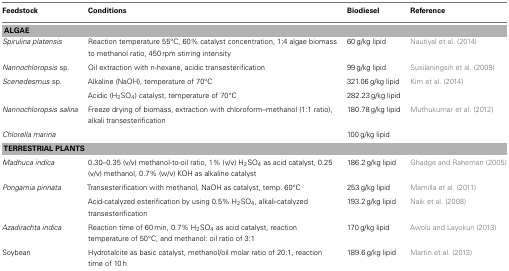
| Feedstock | Conditions | Biodiesel | Reference |
 | --- | --- | --- | --- |
 | <COLSPAN=4> ALGAE |
 | Spirulina platensis | Reaction temperature 55°C, 60% catalyst concentration, 1:4 algae biomass to methanol ratio, 450 rpm stirring intensity | 60 g/kg lipid | Nautiyal et al. (2014) |
 | Nannochloropsis sp. | Oil extraction with n-hexane, acidic transesterification | 99 g/kg lipid | Susilaningsih et al. (2009) |
 | Scenedesmus sp. | Alkaline (NaOH), temperature of 70°C | 321.06 g/kg lipid | Kim et al. (2014) |
 |  | Acidic (H2SO4) catalyst, temperature of 70°C | 282.23 g/kg lipid |  |
 | Nannochloropsis salina | Freeze drying of biomass, extraction with chloroform–methanol (1:1 ratio), alkali transesterification | 180.78 g/kg lipid | Muthukumar et al. (2012) |
 | Chlorella marina |  | 100 g/kg lipid |  |
 | <COLSPAN=4> TERRESTRIAL PLANTS |
 | Madhuca indica | 0.30–0.35 (v/v) methanol-to-oil ratio, 1% (v/v) H2SO4 as acid catalyst, 0.25 (v/v) methanol, 0.7% (w/v) KOH as alkaline catalyst | 186.2 g/kg lipid | Ghadge and Raheman (2005) |
 | Pongamia pinnata | Transesterification with methanol, NaOH as catalyst, temp. 60°C | 253 g/kg lipid | Mamilla et al. (2011) |
 |  | Acid-catalyzed esterification by using 0.5% H2SO4, alkali-catalyzed transesterification | 193.2 g/kg lipid | Naik et al. (2008) |
 | Azadirachta indica | Reaction time of 60 min, 0.7% H2SO4 as acid catalyst, reaction temperature of 50°C, and methanol: oil ratio of 3:1 | 170 g/kg lipid | Awolu and Layokun (2013) |
 | Soybean | Hydrotalcite as basic catalyst, methanol/oil molar ratio of 20:1, reaction time of 10 h | 189.6 g/kg lipid | Martin et al. (2013) |